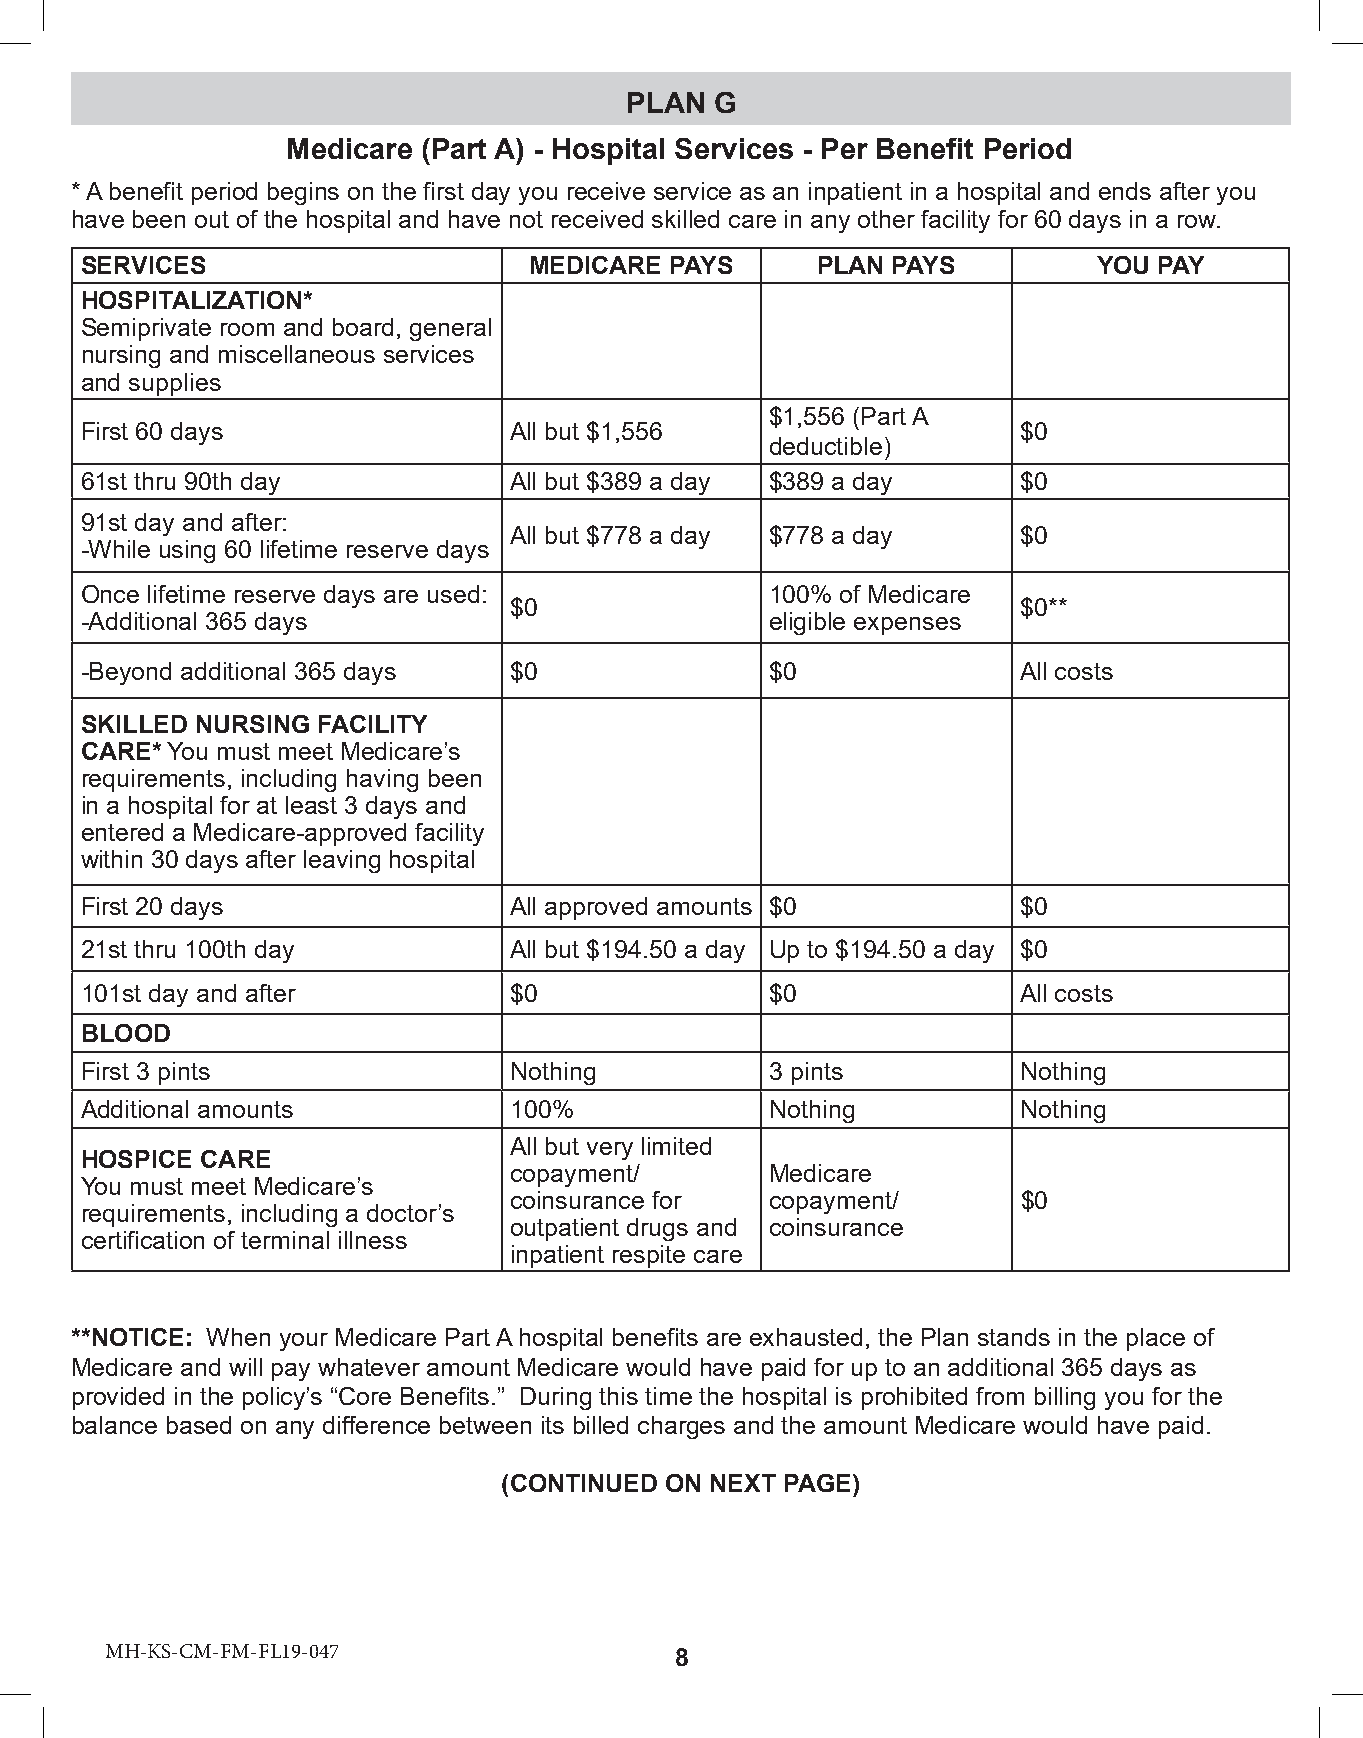
PLAN  G
 Medicare (Part A) - Hospital Services - Per Benefit Period
 * A benefit period begins on the first day you receive service as an inpatient in a hospital and ends after you
 have been out of the hospital and have not received skilled care in any other facility for 60 days in a row.
 SERVICES                      MEDICARE PAYS      PLAN PAYS          YOU PAY
 HOSPITALIZATION*
 Semiprivate room and board, general
 nursing and miscellaneous services
 and supplies
 $1,556 (Part A
 First 60 days                All but $1,556                    $0
 deductible)
 61st thru 90th day           All but $389 a day $389 a day     $0
 91st day and after:
 All but $778 a day $778 a day     $0
 -While using 60 lifetime reserve days
 Once lifetime reserve days are used:          100% of Medicare
 $0                                $0**
 -Additional 365 days                          eligible expenses
 -Beyond additional 365 days  $0               $0               All costs
 SKILLED NURSING FACILITY
 CARE* You must meet Medicare’s
 requirements, including having been
 in a hospital for at least 3 days and
 entered a Medicare-approved facility
 within 30 days after leaving hospital
 First 20 days                All approved amounts $0           $0
 21st thru 100th day          All but $194.50 a day Up to $194.50 a day $0
 101st day and after          $0               $0               All costs
 BLOOD
 First 3 pints                Nothing          3 pints          Nothing
 Additional amounts           100%             Nothing          Nothing
 All but very limited
 HOSPICE CARE
 copayment/       Medicare
 You must meet Medicare’s
 coinsurance for  copayment/       $0
 requirements, including a doctor’s
 outpatient drugs and coinsurance
 certification of terminal illness
 inpatient respite care
 **NOTICE: When your Medicare Part A hospital benefits are exhausted, the Plan stands in the place of
 Medicare and will pay whatever amount Medicare would have paid for up to an additional 365 days as
 provided in the policy’s “Core Benefits.” During this time the hospital is prohibited from billing you for the
 balance based on any difference between its billed charges and the amount Medicare would have paid.
 (CONTINUED ON NEXT PAGE)
 MMMHHH---KKINSSG--CC-CMMM--FF-MMFL--1FF6LL-111996--00344 77 8